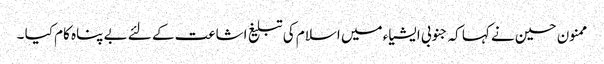
ممنون حسین نے کہا کہ جنوبی ایشیاء میں اسلام کی تبلیغ اشاعت کے لئے بے پناہ کام کیا ۔